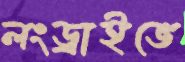
লংড্রাইভে